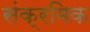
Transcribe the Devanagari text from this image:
संक्रमिक